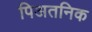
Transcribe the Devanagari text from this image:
पिअतनिक